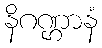
နိဂဏ္ဌာနံ